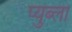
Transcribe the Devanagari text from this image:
प्युब्लो